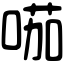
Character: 𠸏